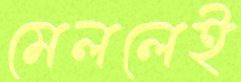
মেললেই